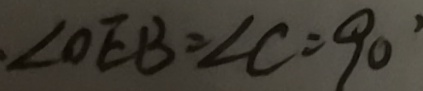
\angle O E B = \angle C = 9 0 ^ { \circ }